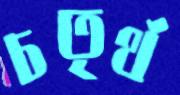
চতৃর্থ